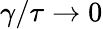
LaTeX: \gamma/\tau\to 0